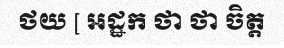
ថយ [ អដ្ឋក ថា ថា ចិត្ត